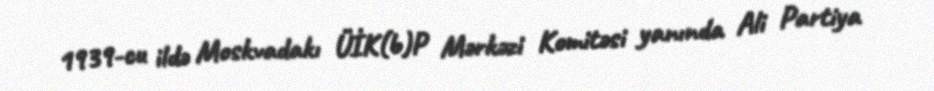
1939-cu ildə Moskvadakı ÜİK(b)P Mərkəzi Komitəsi yanında Ali Partiya